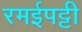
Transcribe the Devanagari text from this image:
रमईपट्टी